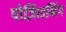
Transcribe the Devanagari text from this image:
पोज़िशनिंग